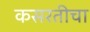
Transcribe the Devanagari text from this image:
कसरतीचा